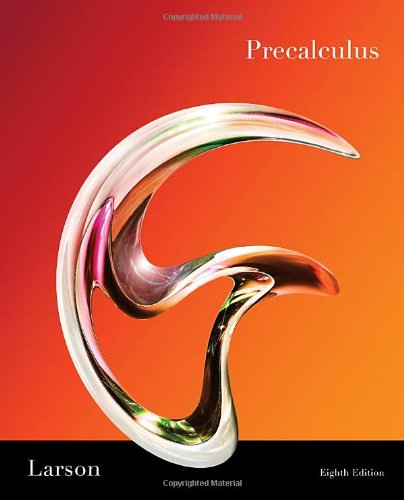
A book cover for Precalculus, 8th Edition; Ron Larson; Science & Math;